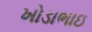
ખોડાભાઇ